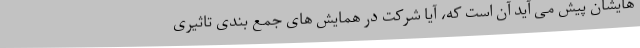
هایشان پیش می آید آن است که، آیا شرکت در همایش های جمع بندی تاثیری